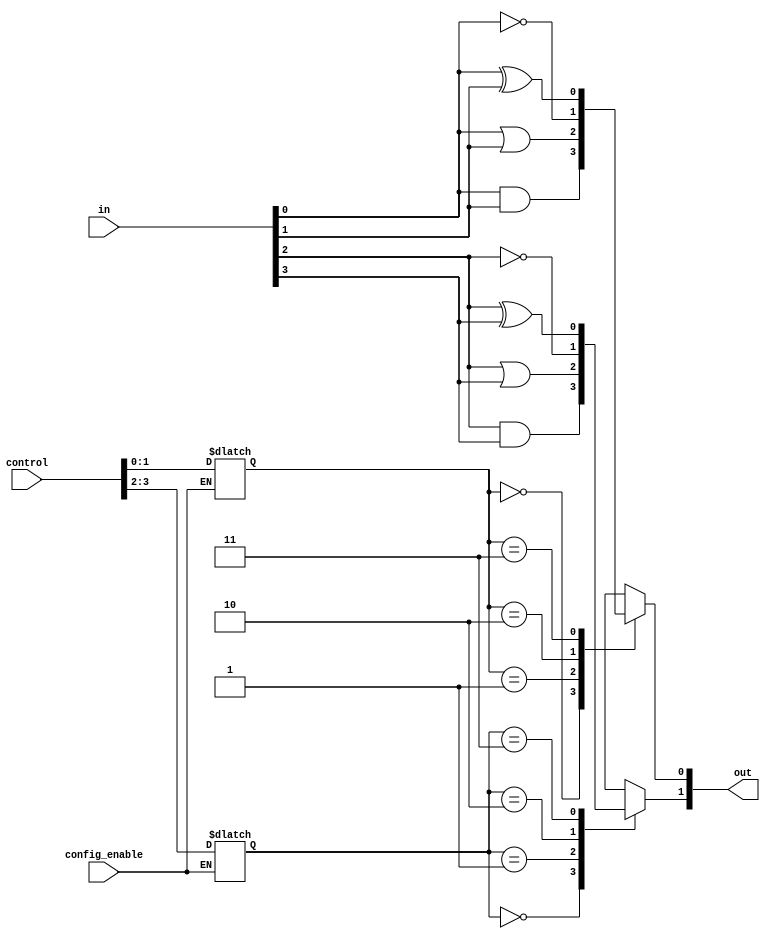
module CombinationalLogicBlock (
    input wire [3:0] in,          // Input signals (4-bit)
    input wire [3:0] control,     // Control signals for selecting logic functions
    input wire config_enable,      // Enable signal for configuration
    output reg [3:0] out           // Output signals (4-bit)
);

    // Configuration memory for logic functions (4 entries for 4 outputs)
    reg [1:0] config_mem [3:0]; // 2-bit function code per output

    // Logic function codes
    localparam AND_FUNC = 2'b00;
    localparam OR_FUNC  = 2'b01;
    localparam NOT_FUNC = 2'b10;
    localparam XOR_FUNC = 2'b11;

    // Combinational logic elements
    always @(*) begin
        if (config_enable) begin
            // Load configuration from control signals
            config_mem[0] <= control[1:0]; // Configure output 0
            config_mem[1] <= control[3:2]; // Configure output 1
            // Implement configurations for remaining outputs as needed
            // For simplicity, we configure only two outputs in this example
        end
    end

    // Generate outputs based on the configuration
    always @(*) begin
        case (config_mem[0])
            AND_FUNC: out[0] = in[0] & in[1];  // Output 0: AND
            OR_FUNC:  out[0] = in[0] | in[1];  // Output 0: OR
            NOT_FUNC: out[0] = ~in[0];          // Output 0: NOT
            XOR_FUNC: out[0] = in[0] ^ in[1];  // Output 0: XOR
            default:  out[0] = 0;
        endcase
        
        case (config_mem[1])
            AND_FUNC: out[1] = in[2] & in[3];  // Output 1: AND
            OR_FUNC:  out[1] = in[2] | in[3];  // Output 1: OR
            NOT_FUNC: out[1] = ~in[2];          // Output 1: NOT
            XOR_FUNC: out[1] = in[2] ^ in[3];  // Output 1: XOR
            default:  out[1] = 0;
        endcase
        
        // Additional outputs can be configured similarly
        // out[2] and out[3] can be configured and processed here
    end

endmodule